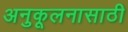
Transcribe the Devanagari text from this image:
अनुकूलनासाठी